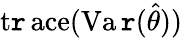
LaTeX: \operatorname{t\mathtt{r}ace}(\operatorname{Va\mathtt{r}}({\hat{{\theta}}}))